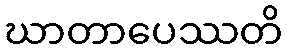
ဃာတာပေဿတိ